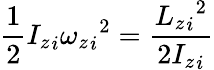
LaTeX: {\frac{1}{2}}{I_{z}}_{i}{{\omega_{z}}_{i}}^{2}={\frac{{{L_{z}}_{i}}^{2}}{2{I_{z}}_{i}}}